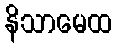
နိသာမေထ